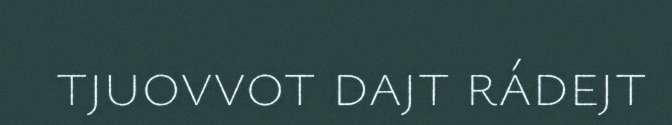
tjuovvot dajt rádejt